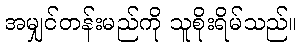
အမျှင်တန်းမည်ကို သူစိုးရိမ်သည်။